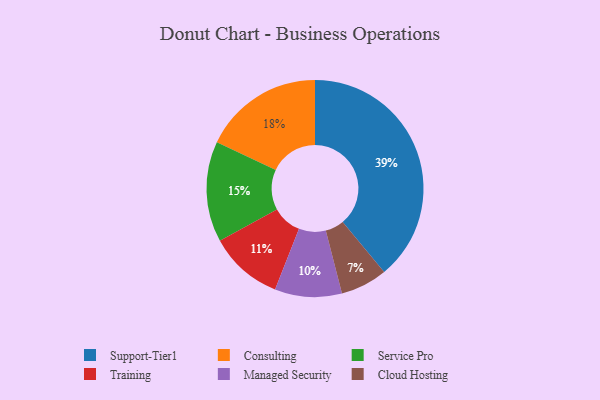
{"axis": {"x": "Category", "y": "Percentage"}, "legend": ["Cloud Hosting", "Consulting", "Managed Security", "Service Pro", "Support-Tier1", "Training"], "data": [{"x": "Consulting", "y": 18, "type": "Consulting"}, {"x": "Support-Tier1", "y": 39, "type": "Support-Tier1"}, {"x": "Service Pro", "y": 15, "type": "Service Pro"}, {"x": "Managed Security", "y": 10, "type": "Managed Security"}, {"x": "Cloud Hosting", "y": 7, "type": "Cloud Hosting"}, {"x": "Training", "y": 11, "type": "Training"}]}